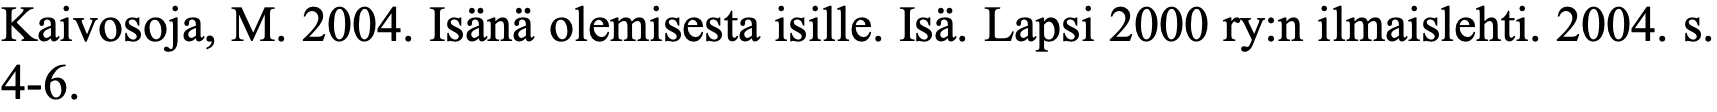
Kaivosoja, M. 2004. Isänä olemisesta isille. Isä. Lapsi 2000 ry:n ilmaislehti. 2004. s. 4-6.